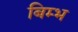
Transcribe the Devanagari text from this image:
बिम्भ